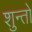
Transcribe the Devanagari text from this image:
शुन्तो